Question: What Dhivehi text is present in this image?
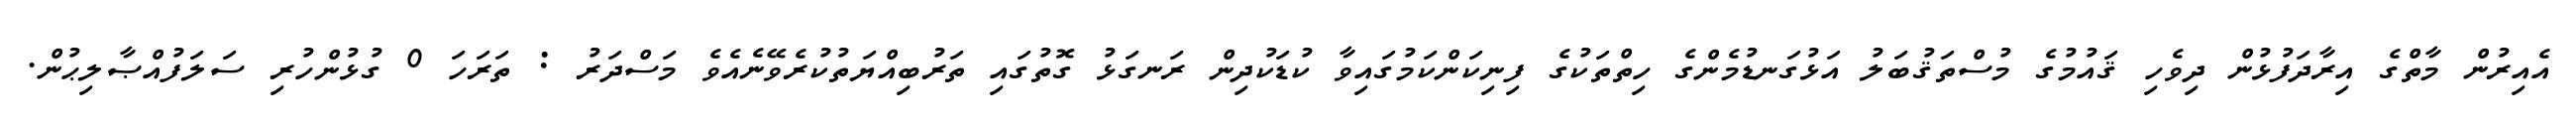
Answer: އެއިރުން މާތްގެ އިރާދަފުޅުން ދިވެހި ޤައުމުގެ މުސްތަޤުބަލު އަޅުގަނޑުމެންގެ ހިތްތަކުގެ ފިނިކަންކަމުގައިވާ ކުޑަކުދިން ރަނގަޅު ގޮތުގައި ތަރުބިއްޔަތުކުރެވޭނެއެވެ މަސްދަރު : ތަރަހަ 0 ގުޅުންހުރި ސަލަފުއްޞާލިޙުން.